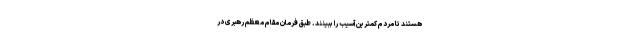
هستند تا مردم کمترین آسیب را ببینند. طبق فرمان مقام معظم رهبری در